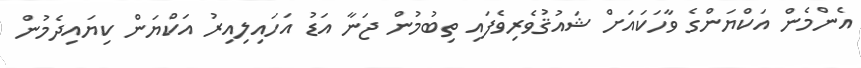
އެންމެން އަކްޔަންގެ ވާހަކައަށް ޝައުޤުވެރިވެފައި ތިބުމުން ޖަނާ އަޑު އަހައިލިއިރު އަކްޔަން ކިޔައިދެމުން